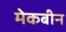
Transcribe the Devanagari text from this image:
मेकबीन